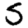
Digit: 5